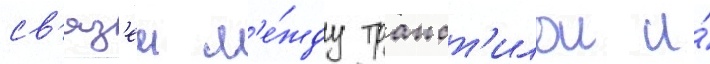
св'яз'еи м'е́жду трапст'илои и́